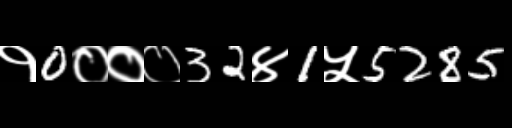
Text: १0०००32४1५5285